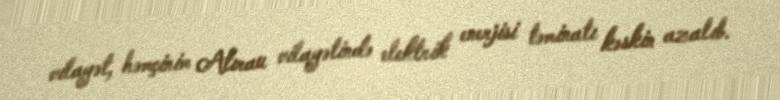
vilayət, həmçinim Atırau vilayətində elektrik enerjisi təminatı kəskin azalıb.